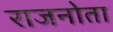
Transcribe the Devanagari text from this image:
राजनोता